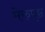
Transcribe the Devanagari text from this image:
मेरुपृष्ठ